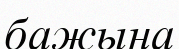
бажына